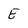
Character: E